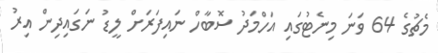
މެޗުގެ 64 ވަނަ މިނެޓުގައި އަހްމަދު ސޮބާހް ނައިފަރަށް ލީޑު ނަގައިދިން އިރު